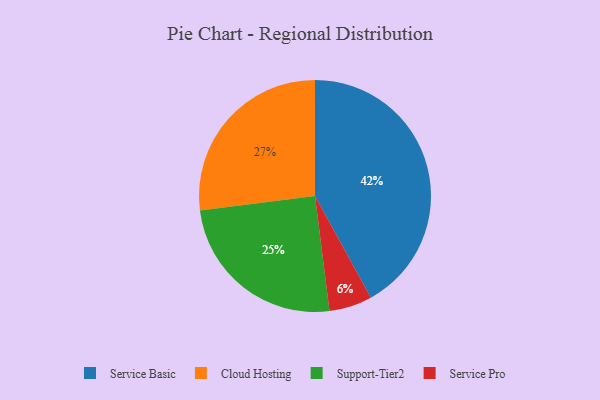
{"axis": {"x": "Category", "y": "Percentage"}, "legend": ["Cloud Hosting", "Service Basic", "Service Pro", "Support-Tier2"], "data": [{"x": "Service Pro", "y": 6, "type": "Service Pro"}, {"x": "Cloud Hosting", "y": 27, "type": "Cloud Hosting"}, {"x": "Support-Tier2", "y": 25, "type": "Support-Tier2"}, {"x": "Service Basic", "y": 42, "type": "Service Basic"}]}